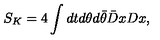
S _ { K } = 4 \int d t d \theta d \bar { \theta } \bar { D } x D x ,